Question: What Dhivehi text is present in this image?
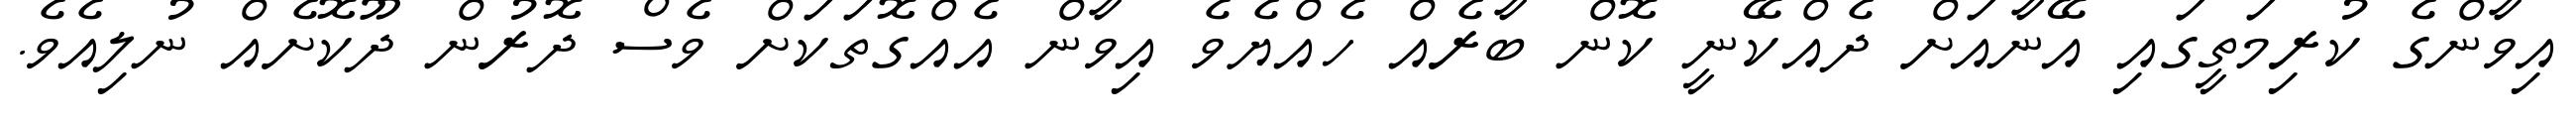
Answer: އިވާންގެ ކުރިމަތީގައި އޭނާއަށް ދެއްކޭނީ ކޮން ބާރެއް ހެއްޔެވެ އިވާން އެއްގޮތަކަށް ވެސް ދޮރުން ދޫކޮށެއް ނުލިއެވެ.